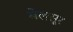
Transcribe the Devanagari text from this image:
बेलसूर